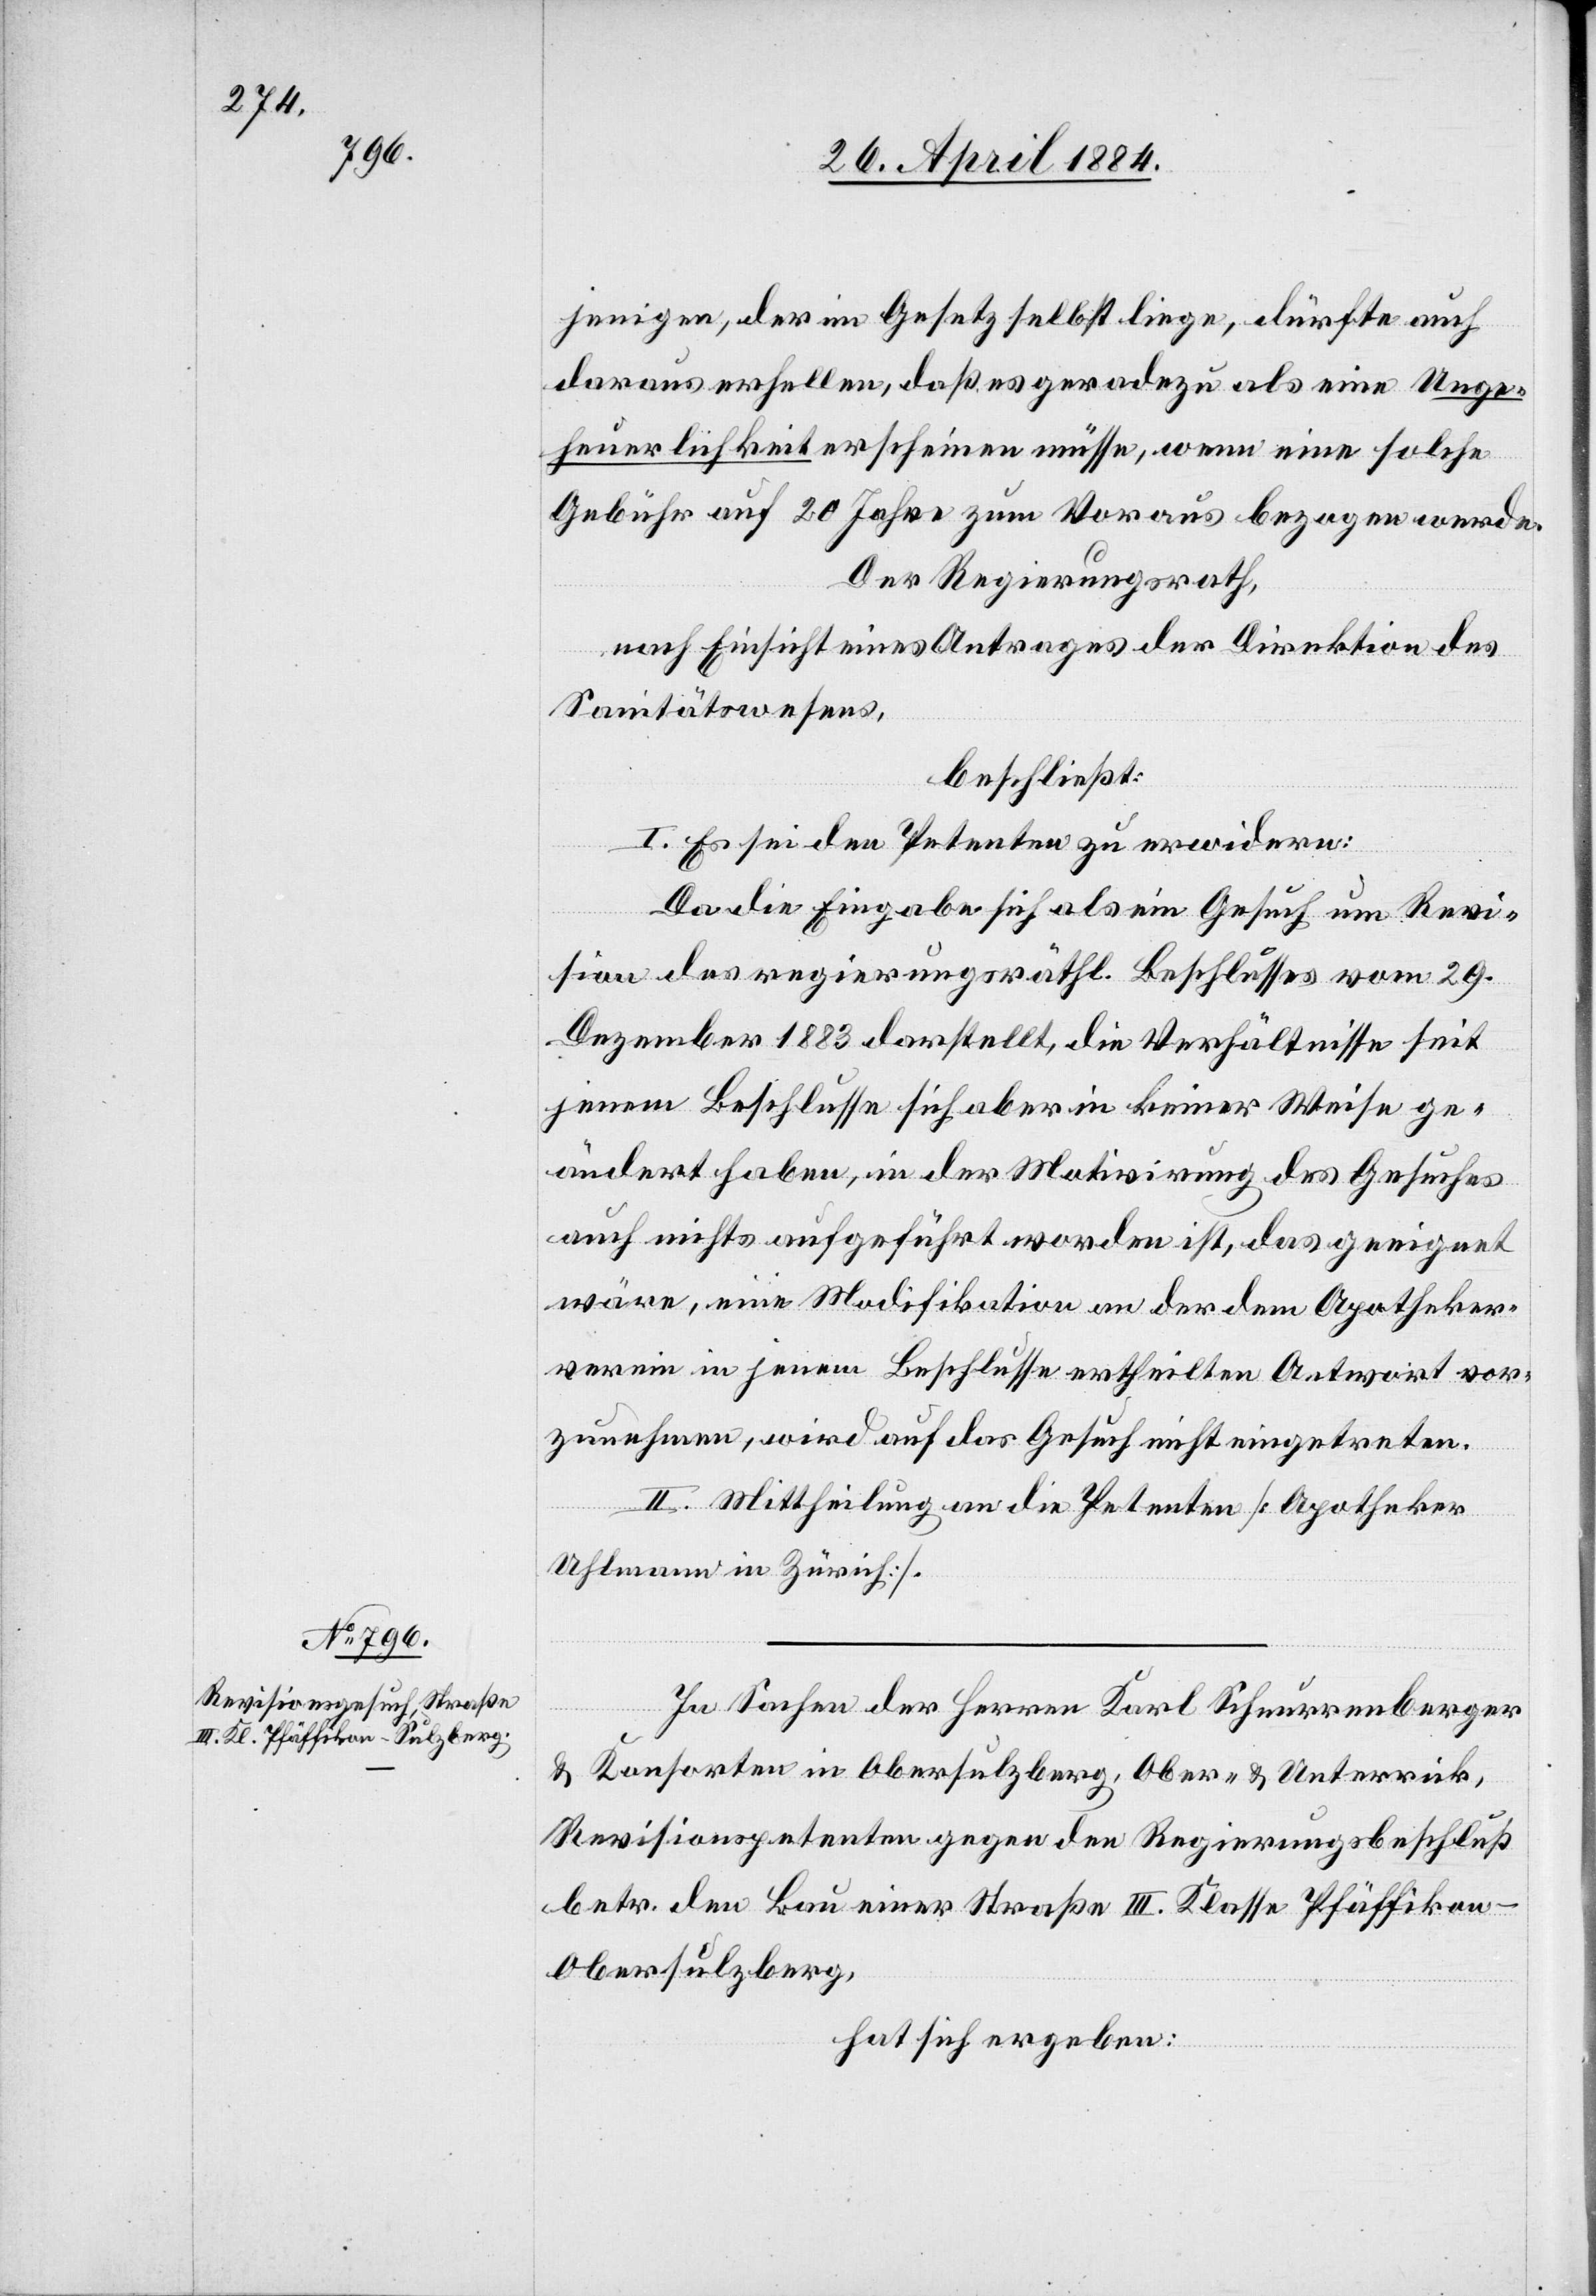
jenigen, der im Gesetz selbst liege, dürfte auch
daraus erhellen, daß es geradezu als eine Unge¬
heuerlichkeit erscheinen müsse, wenn eine solche
Gebühr auf 20 Jahre zum Voraus bezogen werde.
Der Regierungsrath,
nach Einsicht eines Antrages der Direktion des
Sanitätswesens,
beschließt:
I. Es sei den Petenten zu erwidern:
Da die Eingabe sich als ein Gesuch um Revi¬
sion des regierungsräthl. Beschlusses vom 29.
Dezember 1883 darstellt, die Verhältnisse seit
jenem Beschlusse sich aber in keiner Weise ge¬
ändert haben, in der Motivirung des Gesuches
auch nichts angeführt worden ist, das geeignet
wäre, eine Modifikation an der dem Apotheker¬
verein in jenem Beschluss ertheilten Antwort vor¬
zunehmen, wird auf das Gesuch nicht eingetreten.
II. Mittheilung an die Petenten [Apotheker
Uhlmann in Zürich].
In Sachen des Herren Karl Schnurrenberger
& Konsorten in Obersulzberg, Ober- & Unterrick,
Revisionspetenten gegen den Regierungsbeschluß
betr. den Bau einer Straße III. Klasse Pfäffiko¬
n–Obersulzberg,
hat sich ergeben: